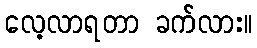
လေ့လာရတာ ခက်လား။